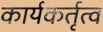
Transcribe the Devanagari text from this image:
कार्यकर्तृत्व